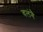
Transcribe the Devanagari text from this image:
वलंगै